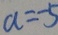
a = - 5